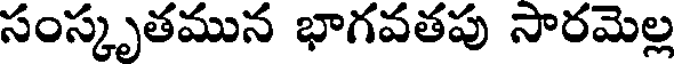
సంస్కృతమున భాగవతపు సారమెల్ల